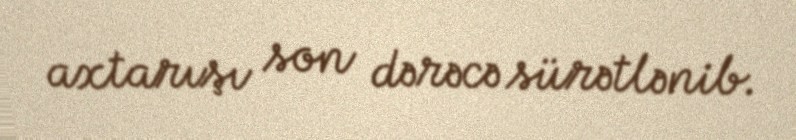
axtarışı son dərəcə sürətlənib.